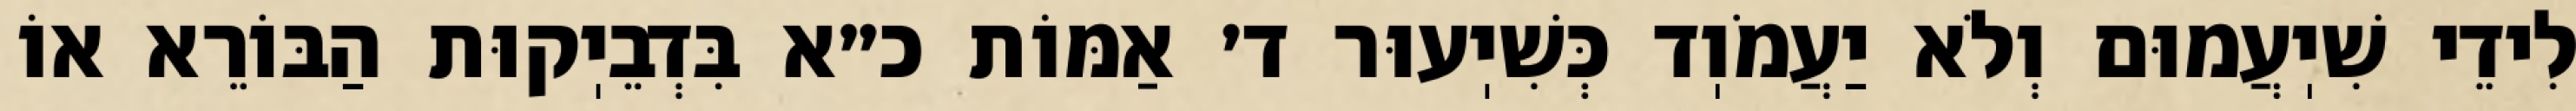
לִידֵי שִׁיֽעֲמוּם וְלֹא יַעֲמֹוֽד כְּשִׁיֽעוּר ד׳ אַמּוֹת כ״א בִּדְבֵיֽקוּת הַבּוֹרֵא אוֹ